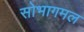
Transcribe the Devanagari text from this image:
सोभागमल